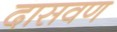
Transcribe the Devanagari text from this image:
दासवण